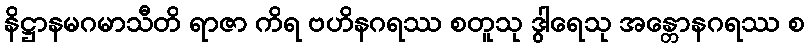
နိဋ္ဌာနမဂမာသီတိ ရာဇာ ကိရ ဗဟိနဂရဿ စတူသု ဒွါရေသု အန္တောနဂရဿ စ